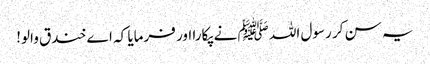
یہ سن کر رسول اللہ ﷺ نے پکارا اور فرمایا کہ اے خندق والو!